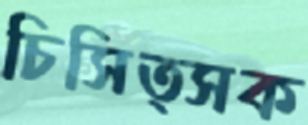
চিসিত্সক